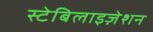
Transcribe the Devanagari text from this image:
स्टेबिलाइज़ेशन